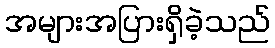
အများအပြားရှိခဲ့သည်